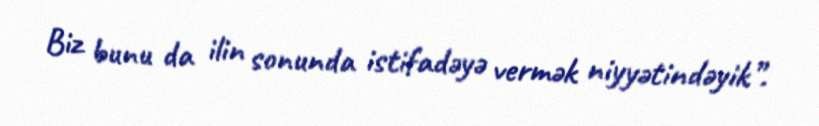
Biz bunu da ilin sonunda istifadəyə vermək niyyətindəyik”.